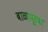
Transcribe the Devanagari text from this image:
बाळापूरचा